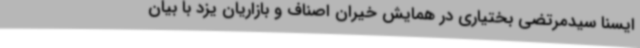
ایسنا سیدمرتضی بختیاری در همایش خیران اصناف و بازاریان یزد با بیان